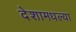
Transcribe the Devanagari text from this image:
देशामधल्या